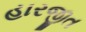
હારજીત